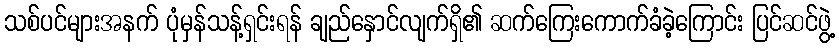
သစ်ပင်များအနက် ပုံမှန်သန့်ရှင်းရန် ချည်နှောင်လျက်ရှိ၏ ဆက်ကြေးကောက်ခံခဲ့ကြောင်း ပြင်ဆင်ဖွဲ့